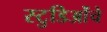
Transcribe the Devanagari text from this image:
स्टुडिओंचे